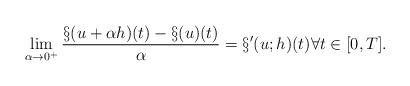
LaTeX: \begin{align*}\lim_{\alpha \to 0^+} \frac{\S(u + \alpha h)(t) - \S(u)(t)}{\alpha} = \S'(u;h)(t)\forall t \in [0,T].\end{align*}